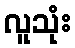
လူသုံး